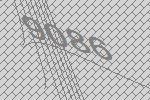
9086